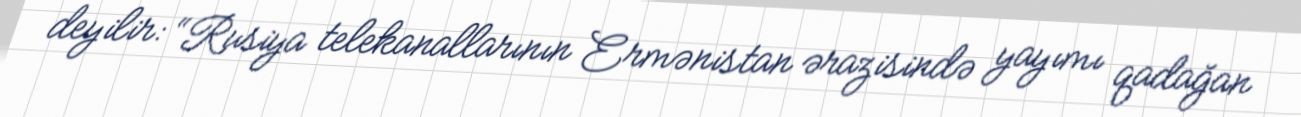
deyilir: “Rusiya telekanallarının Ermənistan ərazisində yayımı qadağan